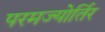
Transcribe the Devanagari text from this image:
परमज्‍योर्तिर